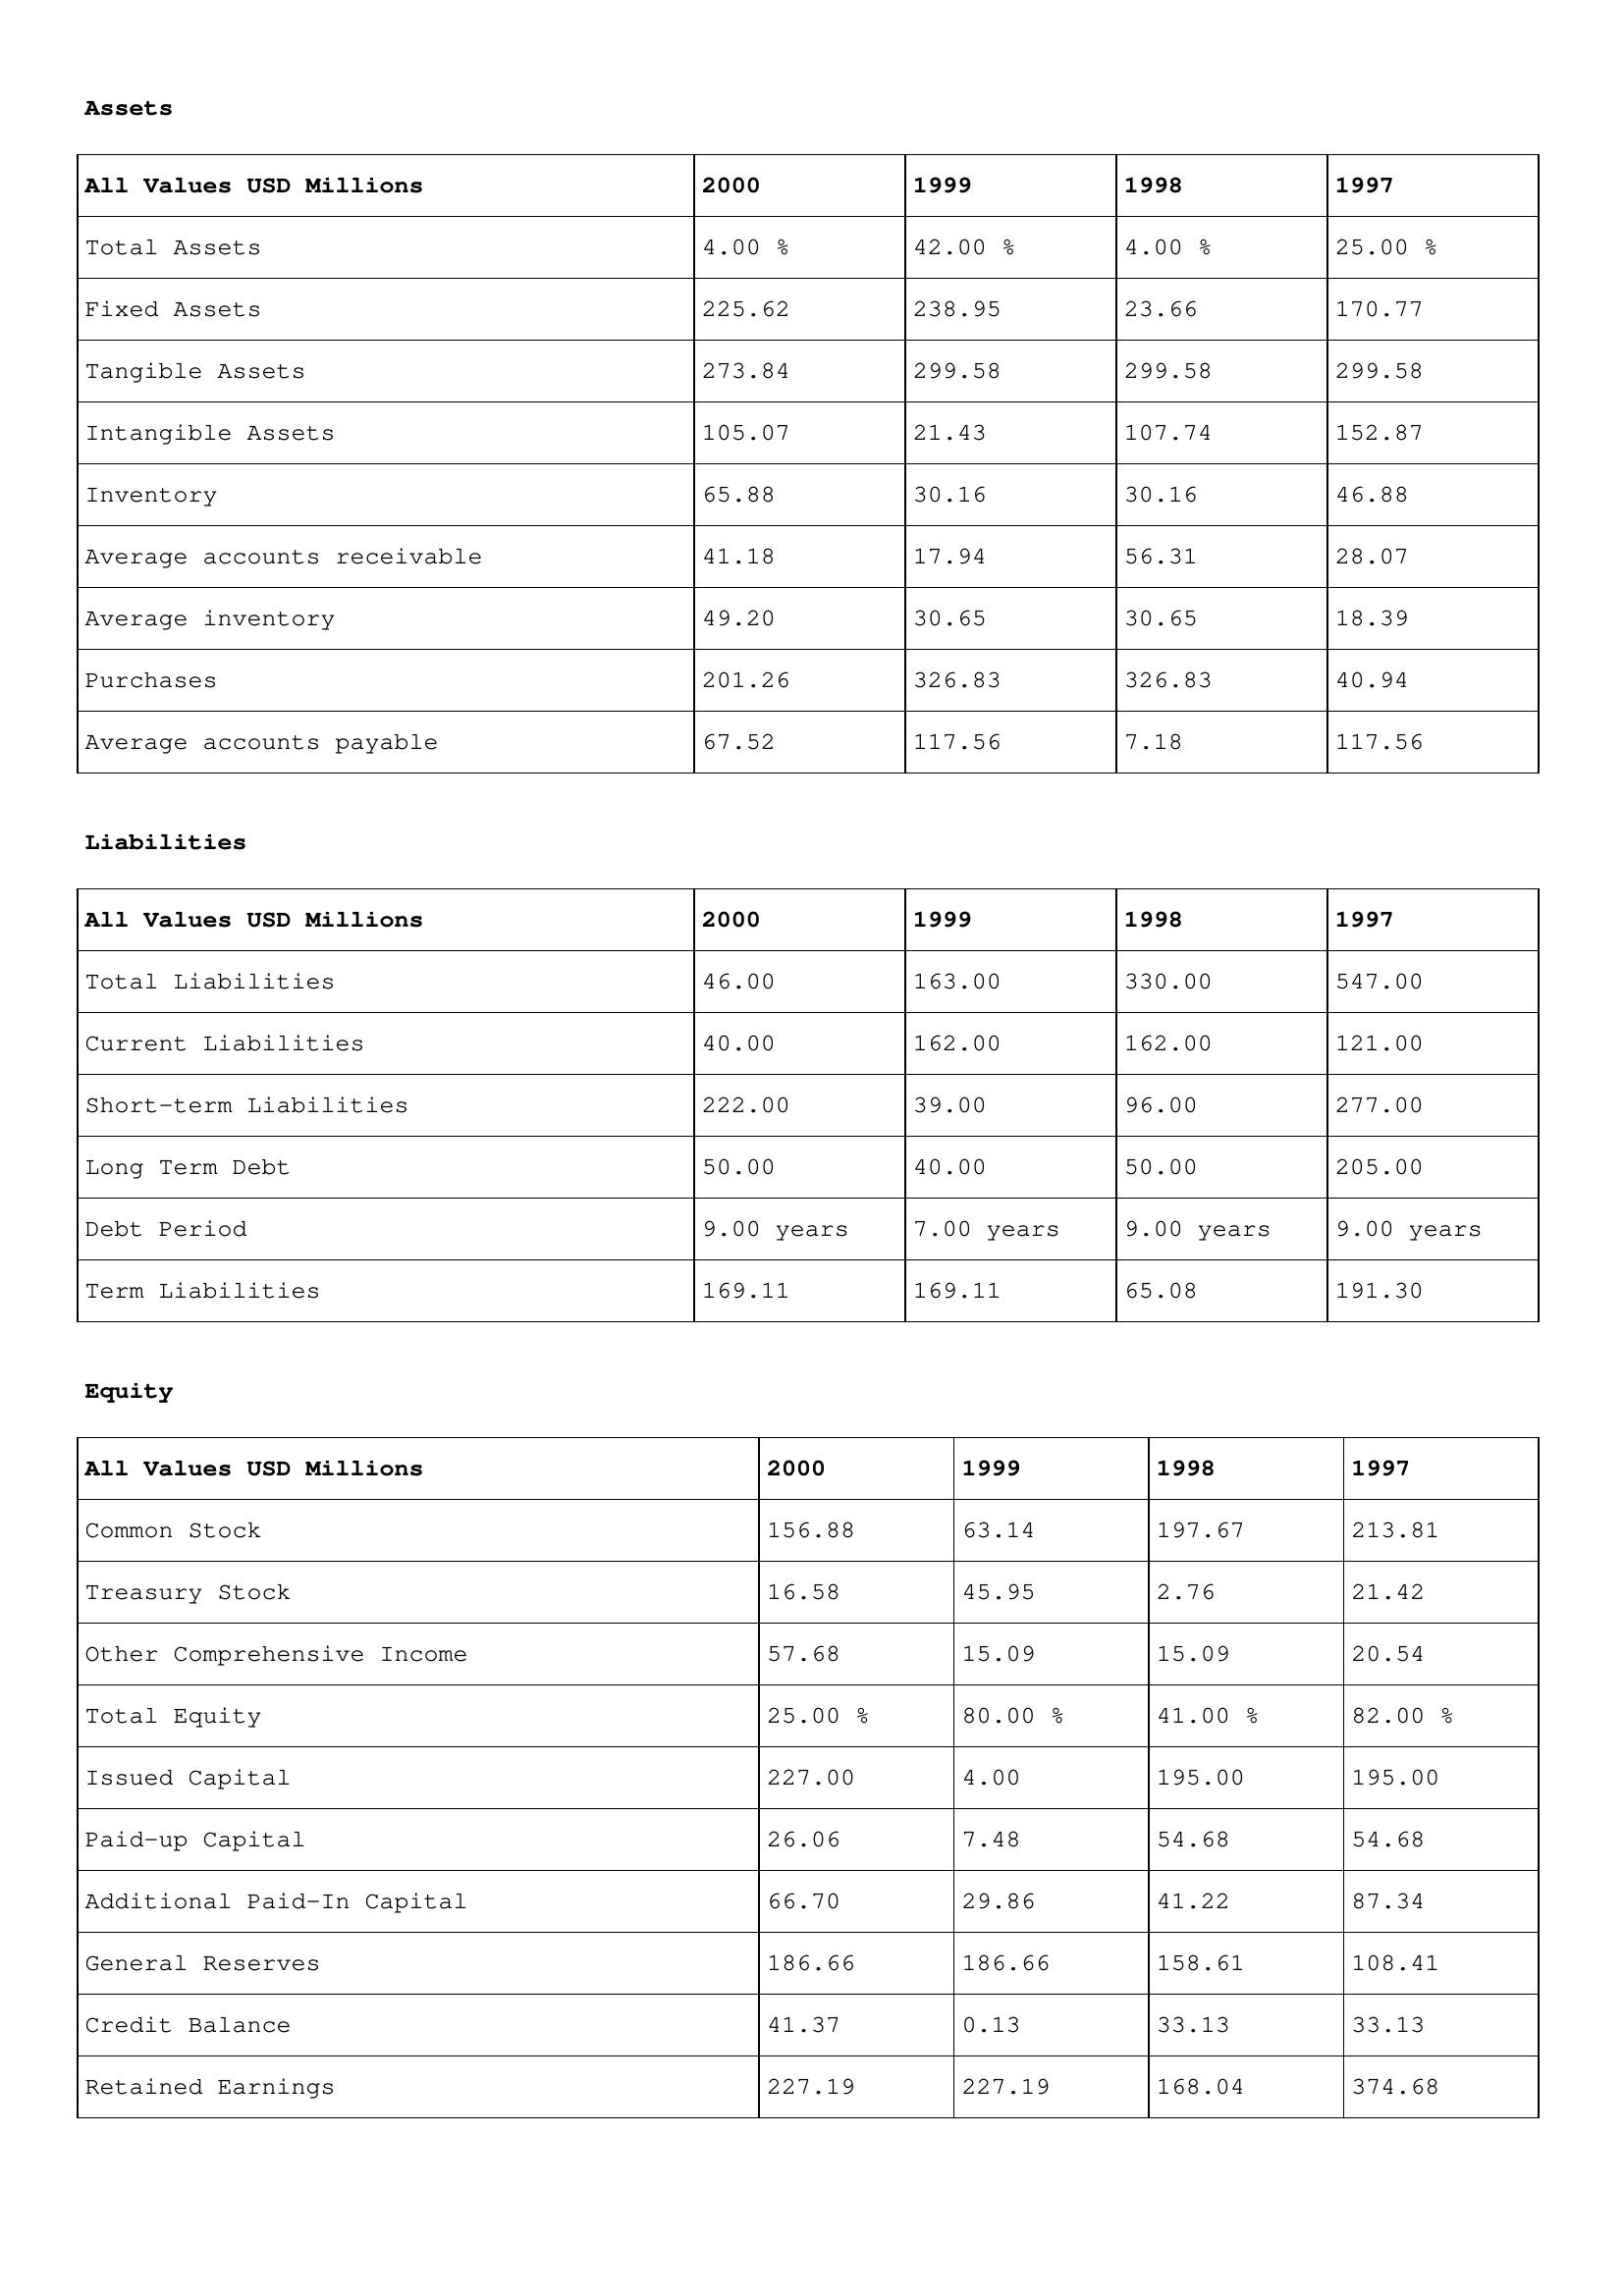
gt_parse: 2000: Assets: Total Assets: 4.00 %
Fixed Assets: 225.62
Tangible Assets: 273.84
Intangible Assets: 105.07
Inventory: 65.88
Average accounts receivable: 41.18
Average inventory: 49.20
Purchases: 201.26
Average accounts payable: 67.52
Liabilities: Total Liabilities: 46.00
Current Liabilities: 40.00
Short-term Liabilities: 222.00
Long Term Debt: 50.00
Debt Period: 9.00 years
Term Liabilities: 169.11
Equity: Common Stock: 156.88
Treasury Stock: 16.58
Other Comprehensive Income: 57.68
Total Equity: 25.00 %
Issued Capital: 227.00
Paid-up Capital: 26.06
Additional Paid-In Capital: 66.70
General Reserves: 186.66
Credit Balance: 41.37
Retained Earnings: 227.19
1999: Assets: Total Assets: 42.00 %
Fixed Assets: 238.95
Tangible Assets: 299.58
Intangible Assets: 21.43
Inventory: 30.16
Average accounts receivable: 17.94
Average inventory: 30.65
Purchases: 326.83
Average accounts payable: 117.56
Liabilities: Total Liabilities: 163.00
Current Liabilities: 162.00
Short-term Liabilities: 39.00
Long Term Debt: 40.00
Debt Period: 7.00 years
Term Liabilities: 169.11
Equity: Common Stock: 63.14
Treasury Stock: 45.95
Other Comprehensive Income: 15.09
Total Equity: 80.00 %
Issued Capital: 4.00
Paid-up Capital: 7.48
Additional Paid-In Capital: 29.86
General Reserves: 186.66
Credit Balance: 0.13
Retained Earnings: 227.19
1998: Assets: Total Assets: 4.00 %
Fixed Assets: 23.66
Tangible Assets: 299.58
Intangible Assets: 107.74
Inventory: 30.16
Average accounts receivable: 56.31
Average inventory: 30.65
Purchases: 326.83
Average accounts payable: 7.18
Liabilities: Total Liabilities: 330.00
Current Liabilities: 162.00
Short-term Liabilities: 96.00
Long Term Debt: 50.00
Debt Period: 9.00 years
Term Liabilities: 65.08
Equity: Common Stock: 197.67
Treasury Stock: 2.76
Other Comprehensive Income: 15.09
Total Equity: 41.00 %
Issued Capital: 195.00
Paid-up Capital: 54.68
Additional Paid-In Capital: 41.22
General Reserves: 158.61
Credit Balance: 33.13
Retained Earnings: 168.04
1997: Assets: Total Assets: 25.00 %
Fixed Assets: 170.77
Tangible Assets: 299.58
Intangible Assets: 152.87
Inventory: 46.88
Average accounts receivable: 28.07
Average inventory: 18.39
Purchases: 40.94
Average accounts payable: 117.56
Liabilities: Total Liabilities: 547.00
Current Liabilities: 121.00
Short-term Liabilities: 277.00
Long Term Debt: 205.00
Debt Period: 9.00 years
Term Liabilities: 191.30
Equity: Common Stock: 213.81
Treasury Stock: 21.42
Other Comprehensive Income: 20.54
Total Equity: 82.00 %
Issued Capital: 195.00
Paid-up Capital: 54.68
Additional Paid-In Capital: 87.34
General Reserves: 108.41
Credit Balance: 33.13
Retained Earnings: 374.68